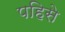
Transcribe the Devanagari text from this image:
पहिसे